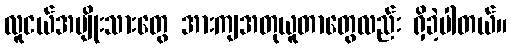
လူငယ်အမျိုးသားတွေ အားကျအတုယူတာတွေလည်း ရှိခဲ့ပါတယ်။